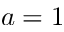
a = 1